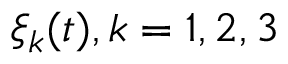
\xi _ { k } ( t ) , k = 1 , 2 , 3